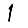
Digit: 1